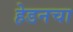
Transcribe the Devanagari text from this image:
हेडनचा